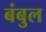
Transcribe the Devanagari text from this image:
बंबुल